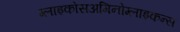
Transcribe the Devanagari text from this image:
ग्लाइकोसअमिनोग्लाइकन्स